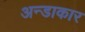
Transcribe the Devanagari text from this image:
अन्डाकार